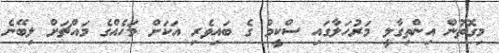
މިގޮތުން އިންތިގާލީ މަރުހަލާގައި ސްކީމް ގެ ބައިވެރި އަކަށް މަހެއްގެ މައްޗަށް ލިބޭނެ